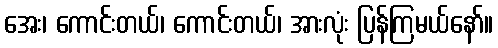
အေး၊ ကောင်းတယ်၊ ကောင်းတယ်၊ အားလုံး ပြန်ကြမယ်နော်။